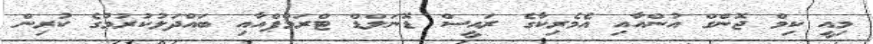
މިއީ ކިމް ޖޮންގް އުންއާއި އެމެރިކާގެ ރައީސް ޑޮނަލްޑް ޓްރަމްޕްއާއި ބައްދަލުކުރުމުގެ ކުރިން